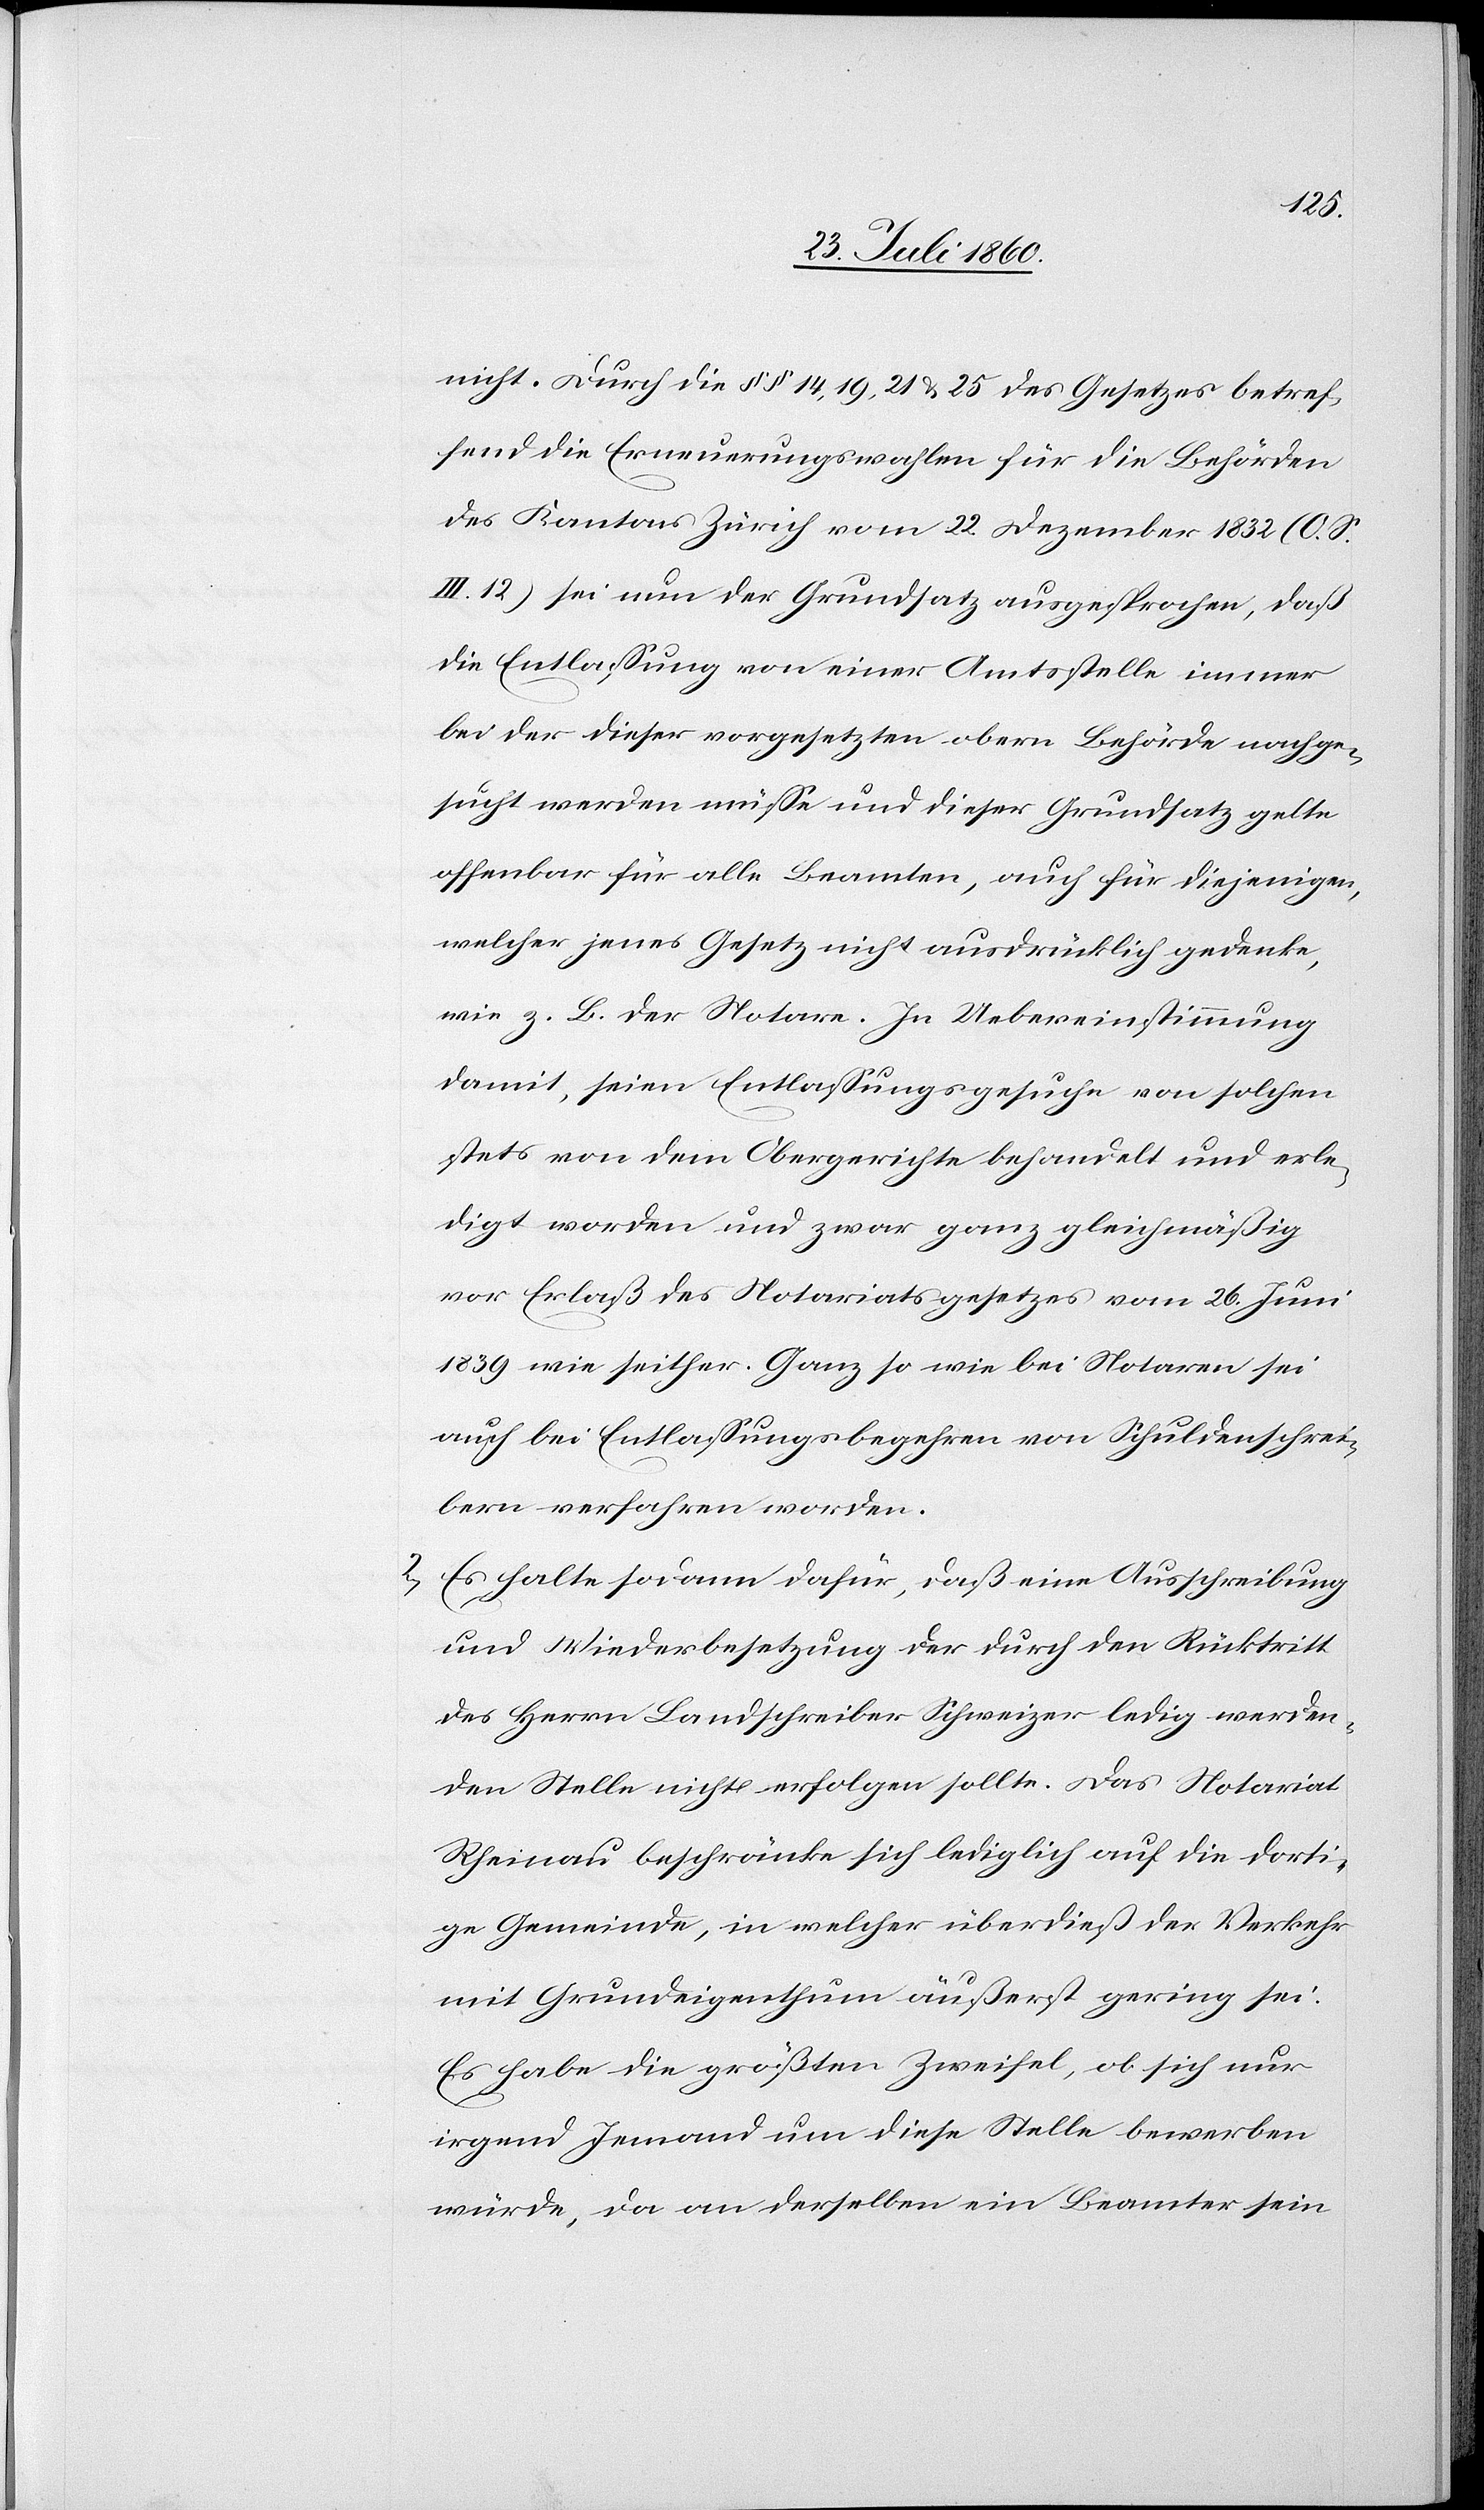
nicht. Durch die §§. 14, 19, 21 u. 25 des Gesetzes betref¬
fend die Erneuerungswahlen für die Behörden
des Kantons Zürich vom 22. Dezember 1832 (O. S.
III. 12) sei nun der Grundsatz ausgesprochen, dass
die Entlassung von einer Amtstelle immer
bei der dieser vorgesetzten obern Behörde nachge¬
sucht werden müsse und dieser Grundsatz gelte
offenbar für alle Beamten, auch für diejenigen,
welcher jenes Gesetz nicht ausdrücklich gedenke,
wie z. B. der Notare. In Uebereinstimmung
damit seien Entlassungsgesuche von solchen
stets von dem Obergerichte behandelt und erle¬
digt worden und zwar ganz gleichmässig
vor Erlass des Notariatsgesetzes vom 26. Juni
1839 wie seither. Ganz so wie bei Notaren sei
auch bei Entlassungsbegehren von Schuldenschrei¬
bern verfahren worden.
2) Es halte sodann dafür, dass eine Ausschreibung
und Wiederbesetzung der durch den Rücktritt
des Herrn Landschreiber Schweizer ledig werden¬
den Stelle nicht erfolgen sollte. Das Notariat
Rheinau beschränkt sich lediglich auf die dorti¬
ge Gemeinde, in welche überdies der Verkehr
mit Grundeigenthum äußerst gering sei.
Es habe die grössten Zweifel, ob sich nur
irgend Jemand um diese Stelle bewerben
würde, da an derselben ein Beamter sein